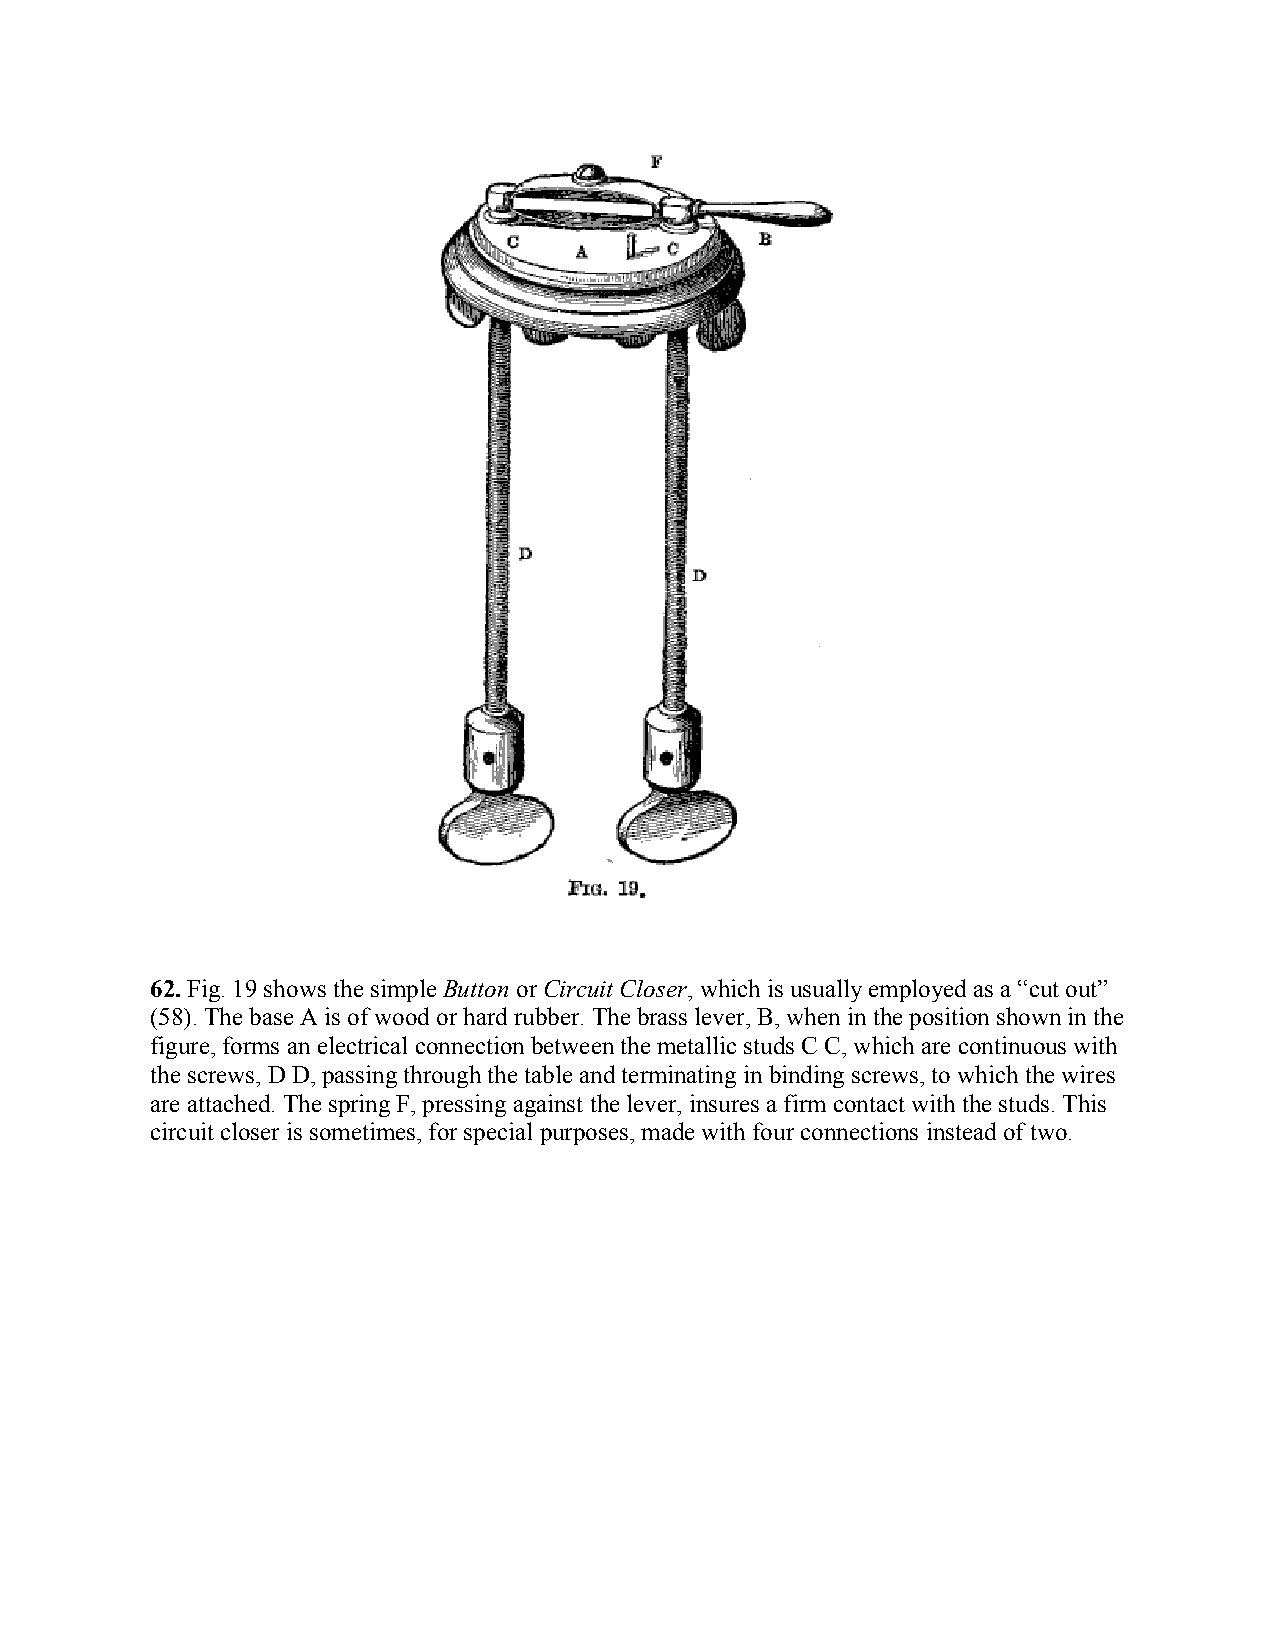
62. Fig. 19 shows the simple Button or Circuit Closer, which is usually employed as a “cut out”
 (58). The base A is of wood or hard rubber. The brass lever, B, when in the position shown in the
 figure, forms an electrical connection between the metallic studs C C, which are continuous with
 the screws, D D, passing through the table and terminating in binding screws, to which the wires
 are attached. The spring F, pressing against the lever, insures a firm contact with the studs. This
 circuit closer is sometimes, for special purposes, made with four connections instead of two.